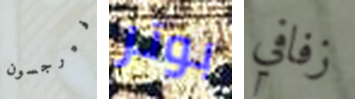
فيرجسون بوتر زفافي